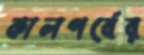
কালপর্বের